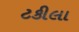
ટકીલા